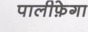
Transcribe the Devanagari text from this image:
पालीफ़ेगा